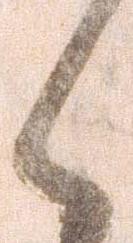
く